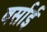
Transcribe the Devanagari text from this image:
बर्साई